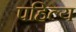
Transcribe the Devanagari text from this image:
पहिल्य